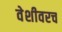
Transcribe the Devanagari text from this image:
वेशीवरच